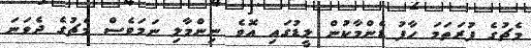
މެޗުގެ ފުރަތަމަ ހާފު ޑެންމާކުން ލީޑުގައި އޮވެ ނިންމާލި ނަމަވެސް މެޗުގެ ދެވަނަ